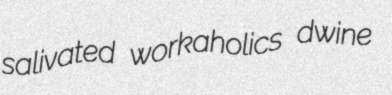
salivated workaholics dwine